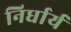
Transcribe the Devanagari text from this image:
निर्धार्य